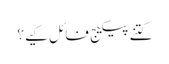
کتنے پیکیج فائل کیے؟